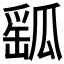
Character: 𤬍